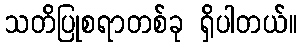
သတိပြုစရာတစ်ခု ရှိပါတယ်။